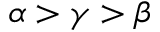
\alpha > \gamma > \beta